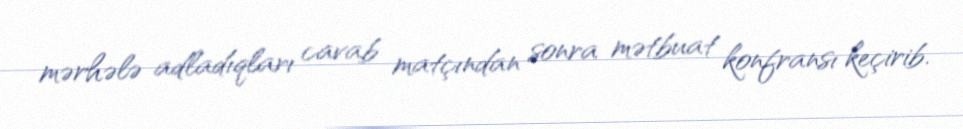
mərhələ adladıqları cavab matçından sonra mətbuat konfransı keçirib.